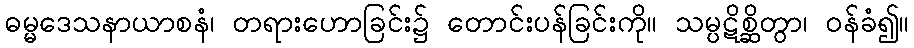
ဓမ္မဒေသနာယာစနံ၊ တရားဟောခြင်း၌ တောင်းပန်ခြင်းကို။ သမ္ပဋိစ္ဆိတွာ၊ ဝန်ခံ၍။